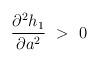
LaTeX: \begin{align*}{{\partial^2 h_1}\over{\partial a^2}}\ >\ 0\end{align*}